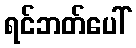
ရင်ဘတ်ပေါ်